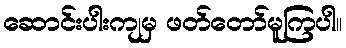
ဆောင်းပါးကျမှ ဖတ်တော်မူကြပါ။